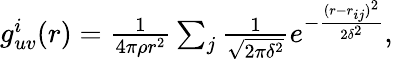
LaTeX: \begin{array}{r}{g_{uv}^{i}(r)=\frac{1}{4\pi\rho r^{2}}\sum_{j}\frac{1}{\sqrt{2\pi\delta^{2}}}e^{-\frac{(r-r_{ij})^{2}}{2\delta^{2}}},}\end{array}